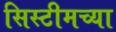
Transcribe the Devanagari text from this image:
सिस्टीमच्या